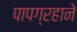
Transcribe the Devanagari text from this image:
पापग्रहाने